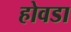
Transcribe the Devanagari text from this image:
होवडा